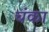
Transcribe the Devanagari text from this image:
चंका